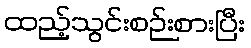
ထည့်သွင်းစဉ်းစားပြီး